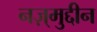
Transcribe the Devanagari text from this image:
नज़्मुद्दीन